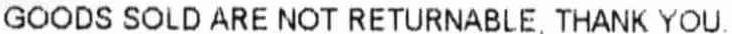
GOODS SOLD ARE NOT RETURNABLE, THANK YOU.